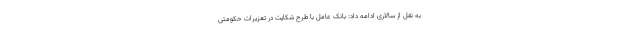
به نقل از سالاری ادامه داد: بانک عامل با طرح شکایت در تعزیرات حکومتی